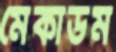
মেকাডম